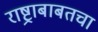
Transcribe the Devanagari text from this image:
राष्ट्राबाबतचा